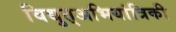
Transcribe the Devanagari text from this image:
विद्युत्अभियांत्रिकी